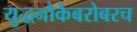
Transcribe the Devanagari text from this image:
युद्धनौकेबरोबरच